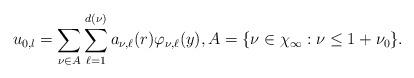
LaTeX: \begin{align*} u_{0,l}=\sum_{\nu\in A}\sum_{\ell=1}^{d(\nu)}a_{\nu,\ell}(r)\varphi_{\nu,\ell}(y), A=\{\nu\in\chi_\infty: \nu\leq 1+\nu_0\}. \end{align*}